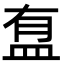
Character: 䀁